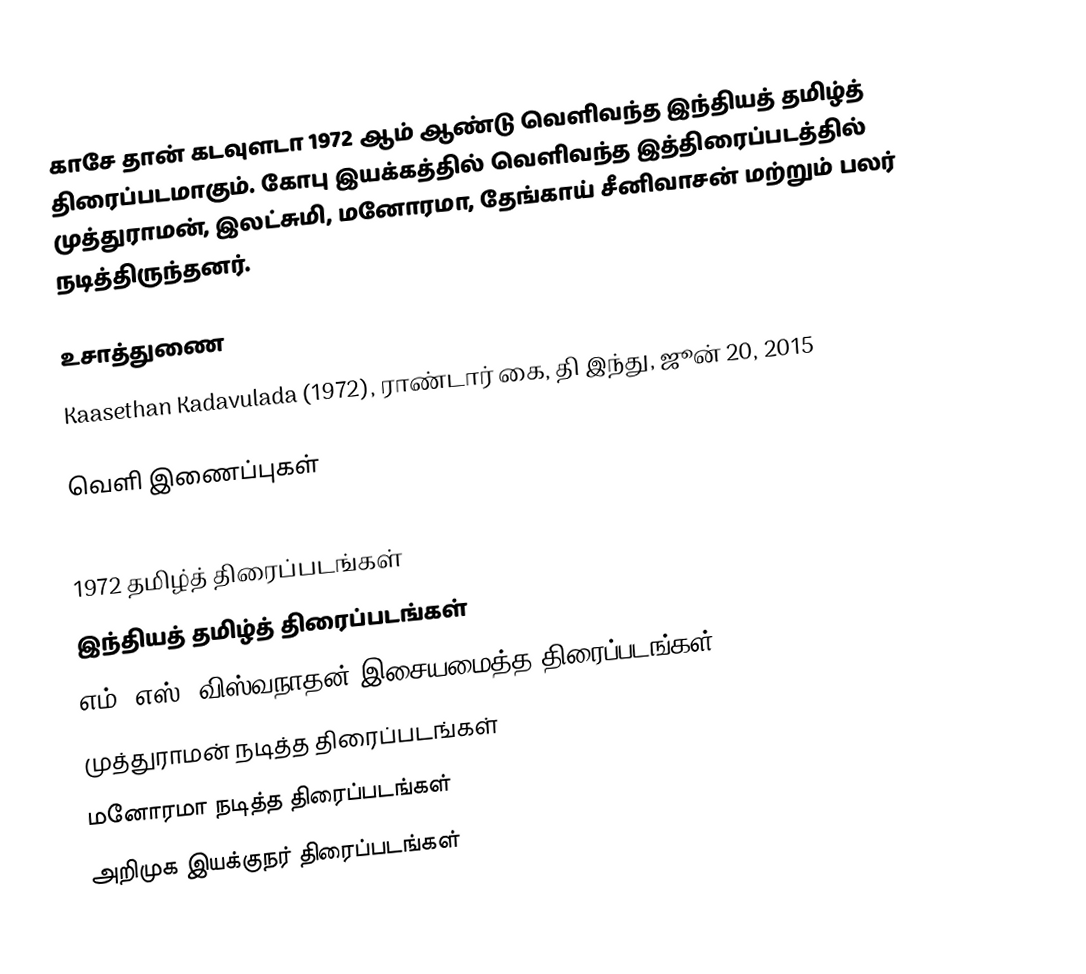
காசே தான் கடவுளடா 1972 ஆம் ஆண்டு வெளிவந்த இந்தியத் தமிழ்த் திரைப்படமாகும். கோபு இயக்கத்தில் வெளிவந்த இத்திரைப்படத்தில் முத்துராமன், இலட்சுமி, மனோரமா, தேங்காய் சீனிவாசன் மற்றும் பலர் நடித்திருந்தனர்.

உசாத்துணை
Kaasethan Kadavulada (1972), ராண்டார் கை, தி இந்து, ஜூன் 20, 2015

வெளி இணைப்புகள்

1972 தமிழ்த் திரைப்படங்கள்
இந்தியத் தமிழ்த் திரைப்படங்கள்
எம். எஸ். விஸ்வநாதன் இசையமைத்த திரைப்படங்கள்
முத்துராமன் நடித்த திரைப்படங்கள்
மனோரமா நடித்த திரைப்படங்கள்
அறிமுக இயக்குநர் திரைப்படங்கள்